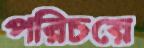
পরিচয়ে